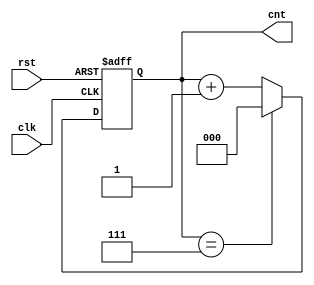
module modulus_counter #(
    parameter N = 8  // Modulus value, configurable
)(
    input wire clk,   // Clock input
    input wire rst,   // Asynchronous reset input
    output reg [$clog2(N)-1:0] cnt // Current count output
);

// Always block for counting logic
always @(posedge clk or posedge rst) begin
    if (rst) begin
        cnt <= 0; // Reset count to 0 on reset
    end else begin
        if (cnt == N-1) begin
            cnt <= 0; // Wrap around to 0
        end else begin
            cnt <= cnt + 1; // Increment count
        end
    end
end

endmodule